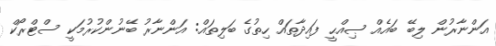
އަންނާރުން ލިބޭ ބައެއް ޞިއްޙީ ފައިދާތައް ހިތުގެ ބަލިތައް: އަންނާރު ބޭނުންކުރުމަކީ ސްޓްރޯކް